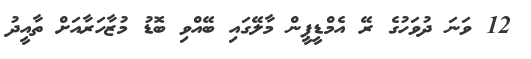
12 ވަނަ ދުވަހުގެ ރޭ އެމްޑީޕީން މާލޭގައި ބޭއްވި ބޮޑު މުޒާހަރާއަށް ތާއީދު